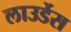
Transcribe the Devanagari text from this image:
लाउर्डेस